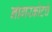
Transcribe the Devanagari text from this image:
नागरकोटचे